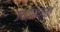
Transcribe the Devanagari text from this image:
उदासिनता